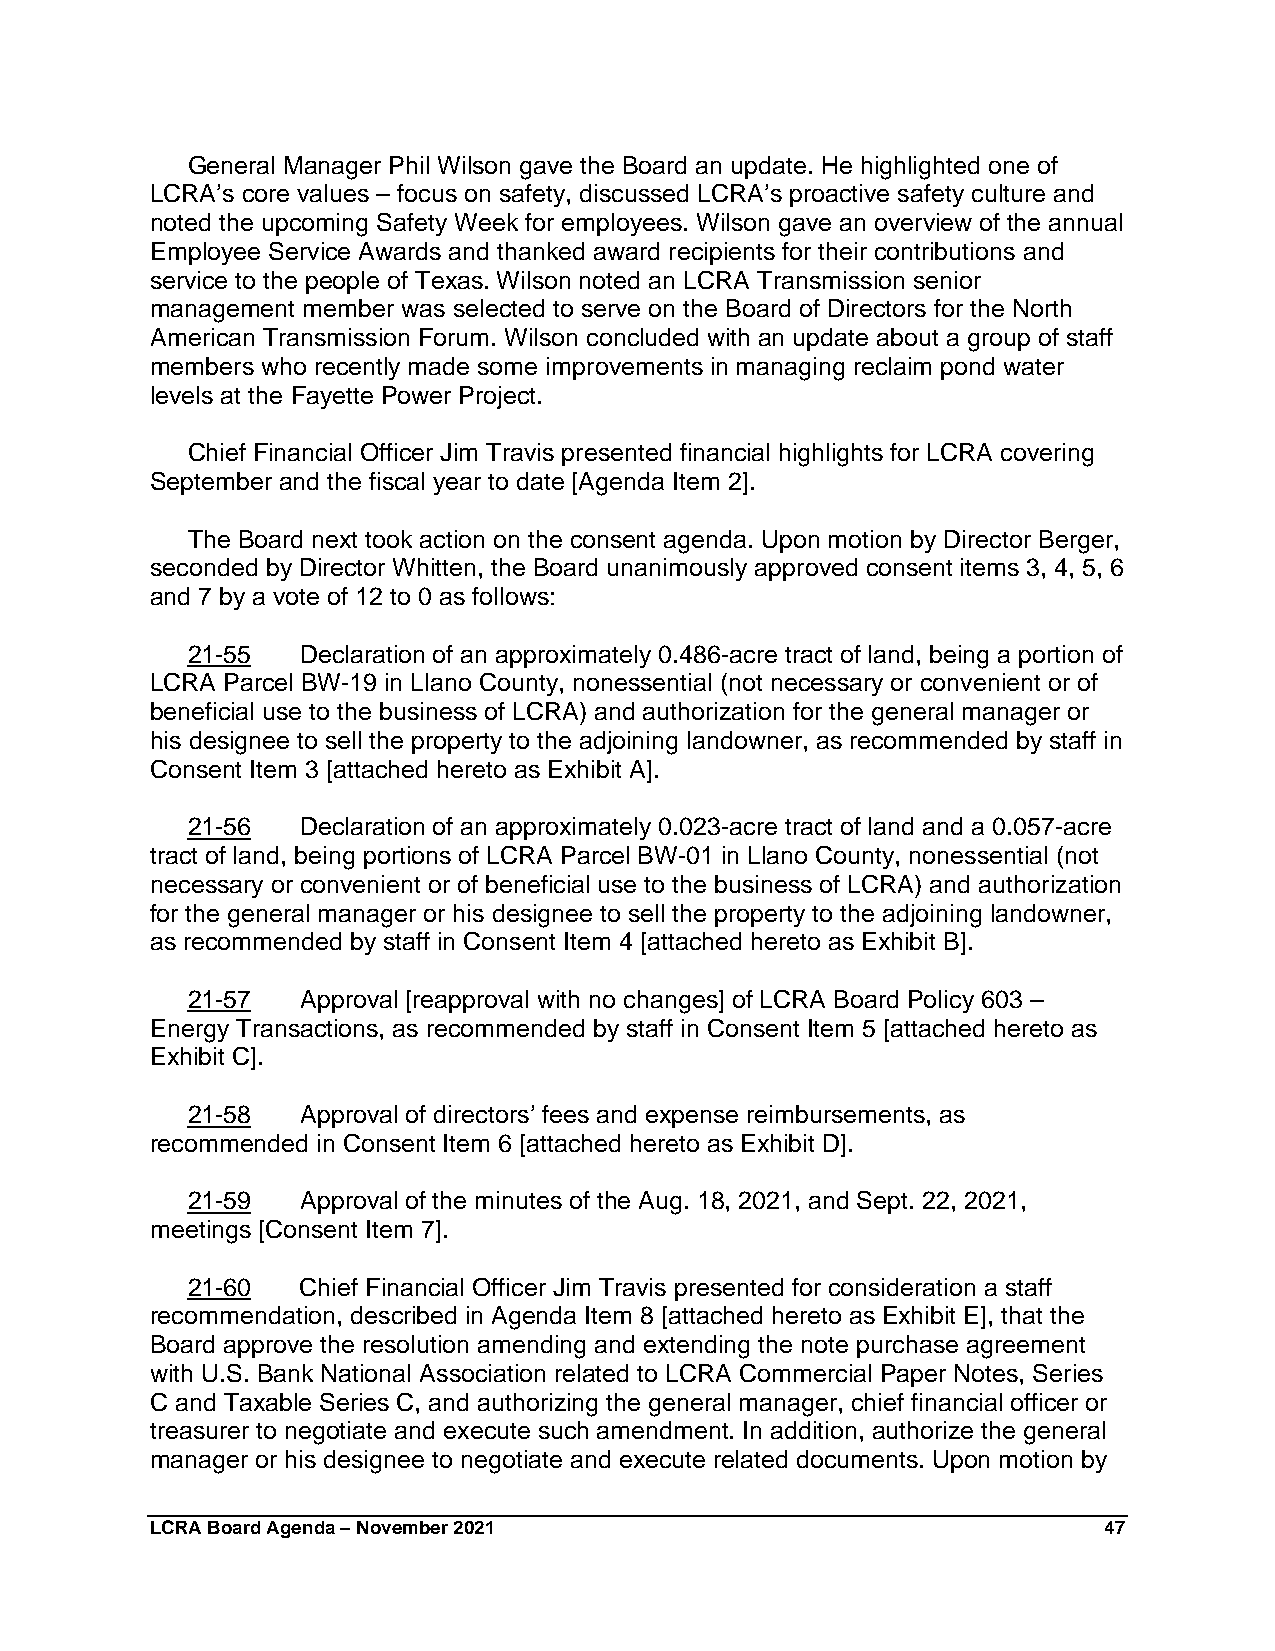
General Manager Phil Wilson gave the Board an update. He highlighted one of
 LCRA’s core values – focus on safety, discussed LCRA’s proactive safety culture and
 noted the upcoming Safety Week for employees. Wilson gave an overview of the annual
 Employee Service Awards and thanked award recipients for their contributions and
 service to the people of Texas. Wilson noted an LCRA Transmission senior
 management member was selected to serve on the Board of Directors for the North
 American Transmission Forum. Wilson concluded with an update about a group of staff
 members who recently made some improvements in managing reclaim pond water
 levels at the Fayette Power Project.
 Chief Financial Officer Jim Travis presented financial highlights for LCRA covering
 September and the fiscal year to date [Agenda Item 2].
 The Board next took action on the consent agenda. Upon motion by Director Berger,
 seconded by Director Whitten, the Board unanimously approved consent items 3, 4, 5, 6
 and 7 by a vote of 12 to 0 as follows:
 21-55   Declaration of an approximately 0.486-acre tract of land, being a portion of
 LCRA Parcel BW-19 in Llano County, nonessential (not necessary or convenient or of
 beneficial use to the business of LCRA) and authorization for the general manager or
 his designee to sell the property to the adjoining landowner, as recommended by staff in
 Consent Item 3 [attached hereto as Exhibit A].
 21-56   Declaration of an approximately 0.023-acre tract of land and a 0.057-acre
 tract of land, being portions of LCRA Parcel BW-01 in Llano County, nonessential (not
 necessary or convenient or of beneficial use to the business of LCRA) and authorization
 for the general manager or his designee to sell the property to the adjoining landowner,
 as recommended by staff in Consent Item 4 [attached hereto as Exhibit B].
 21-57   Approval [reapproval with no changes] of LCRA Board Policy 603 –
 Energy Transactions, as recommended by staff in Consent Item 5 [attached hereto as
 Exhibit C].
 21-58   Approval of directors’ fees and expense reimbursements, as
 recommended in Consent Item 6 [attached hereto as Exhibit D].
 21-59   Approval of the minutes of the Aug. 18, 2021, and Sept. 22, 2021,
 meetings [Consent Item 7].
 21-60   Chief Financial Officer Jim Travis presented for consideration a staff
 recommendation, described in Agenda Item 8 [attached hereto as Exhibit E], that the
 Board approve the resolution amending and extending the note purchase agreement
 with U.S. Bank National Association related to LCRA Commercial Paper Notes, Series
 C and Taxable Series C, and authorizing the general manager, chief financial officer or
 treasurer to negotiate and execute such amendment. In addition, authorize the general
 manager or his designee to negotiate and execute related documents. Upon motion by
 LCRA Board Agenda – November 2021                              47